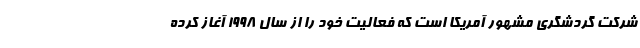
شرکت گردشگری مشهور آمریکا است که فعالیت خود را از سال 1998 آغاز کرده